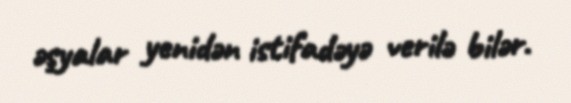
əşyalar yenidən istifadəyə verilə bilər.